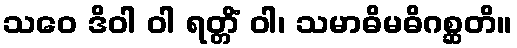
သဝေ ဒိဝါ ဝါ ရတ္တိံ ဝါ၊ သမာဓိမဓိဂစ္ဆတိ။